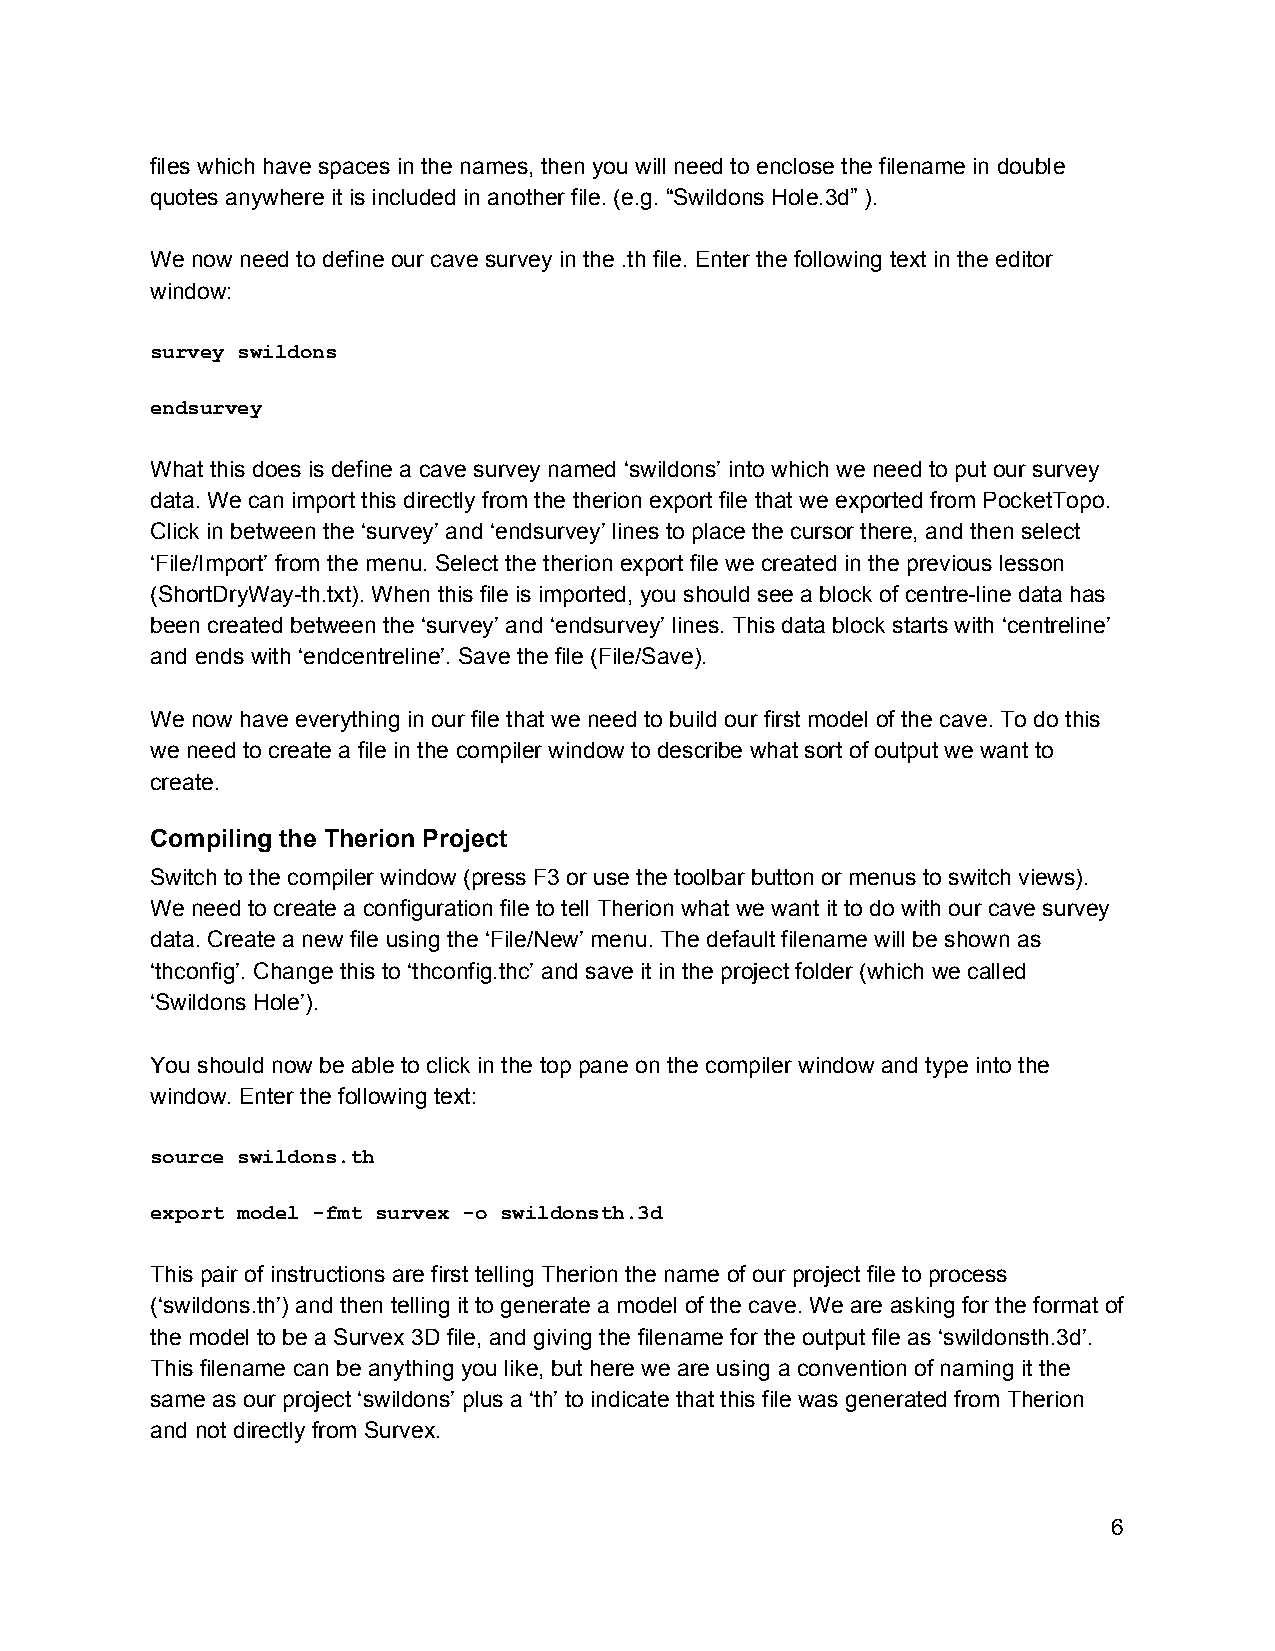
files which have spaces in the names, then you will need to enclose the filename in double
 quotes anywhere it is included in another file. (e.g. “Swildons Hole.3d” ).
 We now need to define our cave survey in the .th file. Enter the following text in the editor
 window:
 survey swildons
 endsurvey
 What this does is define a cave survey named ‘swildons’ into which we need to put our survey
 data. We can import this directly from the therion export file that we exported from PocketTopo.
 Click in between the ‘survey’ and ‘endsurvey’ lines to place the cursor there, and then select
 ‘File/Import’ from the menu. Select the therion export file we created in the previous lesson
 (ShortDryWay­th.txt). When this file is imported, you should see a block of centre­line data has
 been created between the ‘survey’ and ‘endsurvey’ lines. This data block starts with ‘centreline’
 and ends with ‘endcentreline’. Save the file (File/Save).
 We now have everything in our file that we need to build our first model of the cave. To do this
 we need to create a file in the compiler window to describe what sort of output we want to
 create.
 Compiling the Therion Project
 Switch to the compiler window (press F3 or use the toolbar button or menus to switch views).
 We need to create a configuration file to tell Therion what we want it to do with our cave survey
 data. Create a new file using the ‘File/New’ menu. The default filename will be shown as
 ‘thconfig’. Change this to ‘thconfig.thc’ and save it in the project folder (which we called
 ‘Swildons Hole’).
 You should now be able to click in the top pane on the compiler window and type into the
 window. Enter the following text:
 source swildons.th
 export model ­fmt survex ­o swildonsth.3d
 This pair of instructions are first telling Therion the name of our project file to process
 (‘swildons.th’) and then telling it to generate a model of the cave. We are asking for the format of
 the model to be a Survex 3D file, and giving the filename for the output file as ‘swildonsth.3d’.
 This filename can be anything you like, but here we are using a convention of naming it the
 same as our project ‘swildons’ plus a ‘th’ to indicate that this file was generated from Therion
 and not directly from Survex.
 6